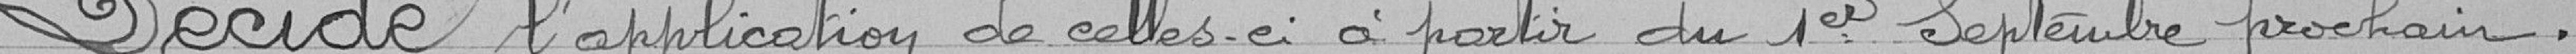
DECIDE l'application de celles-ci à partir du 1er Septembre prochain.